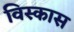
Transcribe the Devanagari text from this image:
विस्कास